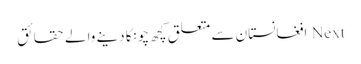
Next افغانستان سے متعلق کچھ چونکا دینے والے حقائق